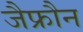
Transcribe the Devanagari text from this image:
जैफ्रौन